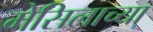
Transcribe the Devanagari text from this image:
मेसिलाच्या